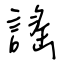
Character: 謠